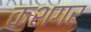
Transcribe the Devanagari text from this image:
कशगर